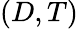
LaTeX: (D,T)